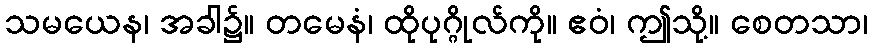
သမယေန၊ အခါ၌။ တမေနံ၊ ထိုပုဂ္ဂိုလ်ကို။ ဧဝံ၊ ဤသို့။ စေတသာ၊